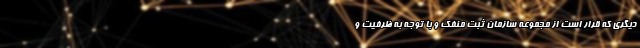
دیگری که قرار است از مجموعه سازمان ثبت منفک و با توجه به ظرفیت و